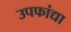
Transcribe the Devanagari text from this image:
उपफांद्या